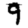
Digit: 9